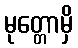
မုတ္တောမှိ